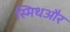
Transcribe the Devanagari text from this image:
स्मिथऔर